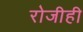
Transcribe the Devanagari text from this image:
रोजीही